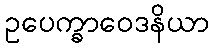
ဥပေက္ခာဝေဒနိယာ